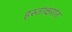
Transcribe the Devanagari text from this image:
हस्ताक्षरांत